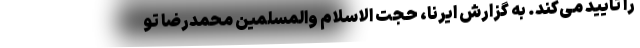
را تایید می‌کند. به گزارش ایرنا، حجت الاسلام والمسلمین محمدرضا تو